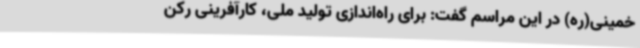
خمینی(ره) در این مراسم گفت: برای راه‌اندازی تولید ملی، کارآفرینی رکن